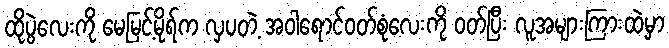
ထိုပွဲလေးကို မေမြင့်မိုရ်က လှပတဲ့ အဝါရောင်ဝတ်စုံလေးကို ဝတ်ပြီး လူအများကြားထဲမှာ